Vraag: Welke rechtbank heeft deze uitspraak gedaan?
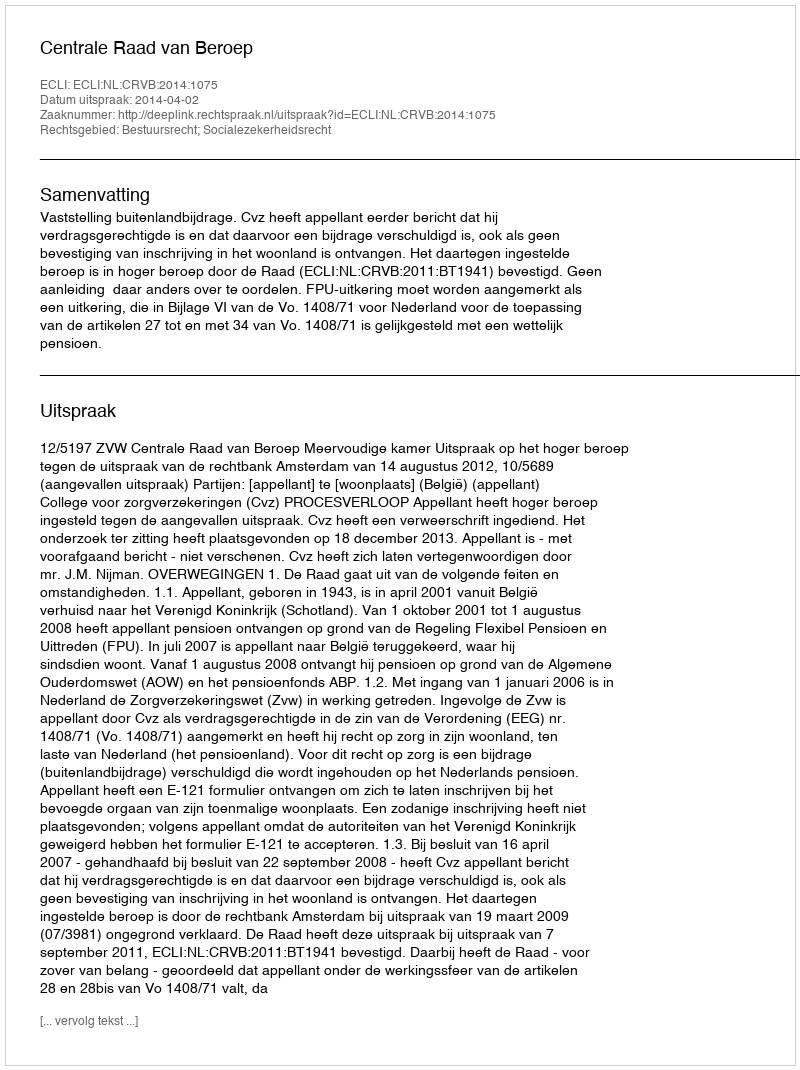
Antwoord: Centrale Raad van Beroep